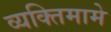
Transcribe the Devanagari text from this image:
व्यक्तिमामे